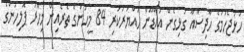
ހުޅުޖެހުމުގެ ހާދިސާއާ ގުޅިގެން އައްޑޫން ހައްޔަރުކުރި 84 މީހުންގެ ތެރެއިން މިހާރު ޕޮލިހުންގެ